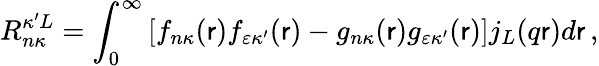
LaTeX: R_{n\kappa}^{\kappa^{\prime}L}=\int_{0}^{\infty}\left[f_{n\kappa}{(\mathsf{r})}f_{\varepsilon\kappa^{\prime}}{(\mathsf{r})}-g_{n\kappa}{(\mathsf{r})}g_{\varepsilon\kappa^{\prime}}{(\mathsf{r})}\right]j_{L}{(q\mathsf{r})}d\mathsf{r}\, ,